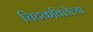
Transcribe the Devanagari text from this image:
चिटकविलेल्या